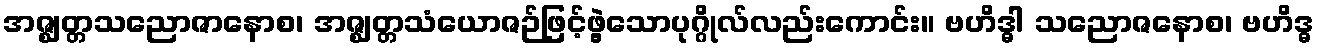
အဇ္ဈတ္တသညောဇာနောစ၊ အဇ္ဈတ္တသံယောဇဉ်ဖြင့်ဖွဲ့သောပုဂ္ဂိုလ်လည်းကောင်း။ ဗဟိဒ္ဓါ သညောဇနောစ၊ ဗဟိဒ္ဓ